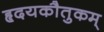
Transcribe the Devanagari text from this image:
हृदयकौतुकम्‌